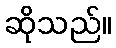
ဆိုသည်။